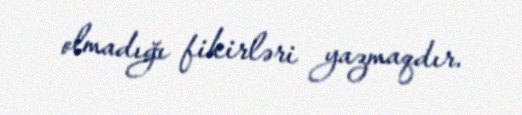
olmadığı fikirləri yazmaqdır.